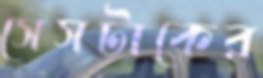
সেসটাকের